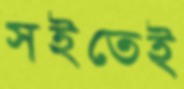
সইতেই